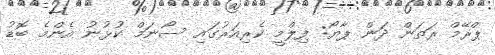
ޕްރޭމް ރަތަން ދަން ޕާޔޯ: ފިލްމީ ކެރިއަރުގައި ސޯނަމް ކުޅުނު އެންމެ ބޮޑު